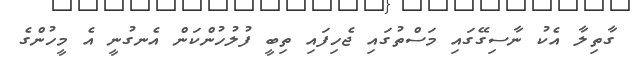
ގާތިލާ އެކު ނާސިގޭގައި މަސްތުގައި ޖެހިފައި ތިބީ ފުލުހުންކަން އެނގުނީ އެ މީހުންގެ